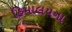
હિમાલયના